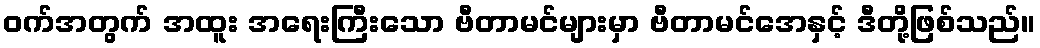
ဝက်အတွက် အထူး အရေးကြီးသော ဗီတာမင်များမှာ ဗီတာမင်အေနှင့် ဒီတို့ဖြစ်သည်။